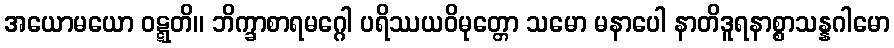
အယောမယော ဝဋ္ဋတိ။ ဘိက္ခာစာရမဂ္ဂေါ ပရိဿယဝိမုတ္တော သမော မနာပေါ နာတိဒူရနာစ္စာသန္နဂါမော